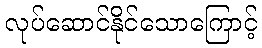
လုပ်ဆောင်နိုင်သောကြောင့်